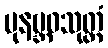
ပုနဗ္ဘဝသုတ္တံ